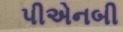
પીએનબી